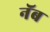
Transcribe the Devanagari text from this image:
नॅब